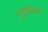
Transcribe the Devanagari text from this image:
गुलाबचन्द